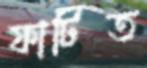
ফাটিত